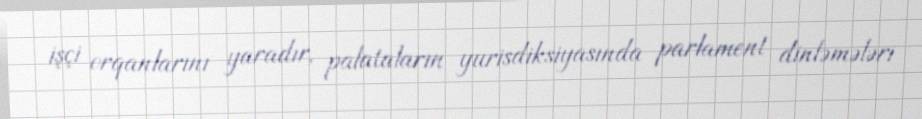
işçi orqanlarını yaradır, palataların yurisdiksiyasında parlament dinləmələri